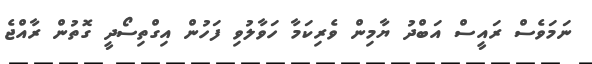
ނަމަވެސް ރައީސް އަބްދު ޔާމިން ވެރިކަމާ ހަވާލުވި ފަހުން އިގްތިސޯދީ ގޮތުން ރާއްޖެ